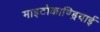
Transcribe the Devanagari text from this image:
माइटोकाण्ड्रियाई